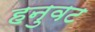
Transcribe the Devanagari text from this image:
हनुवट